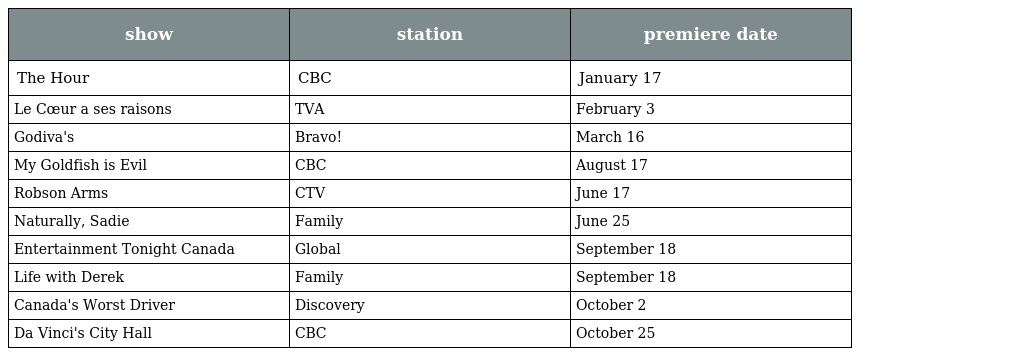
| show | station | premiere date |
 | --- | --- | --- |
 | The Hour | CBC | January 17 |
 | Le Cœur a ses raisons | TVA | February 3 |
 | Godiva's | Bravo! | March 16 |
 | My Goldfish is Evil | CBC | August 17 |
 | Robson Arms | CTV | June 17 |
 | Naturally, Sadie | Family | June 25 |
 | Entertainment Tonight Canada | Global | September 18 |
 | Life with Derek | Family | September 18 |
 | Canada's Worst Driver | Discovery | October 2 |
 | Da Vinci's City Hall | CBC | October 25 |